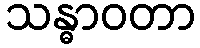
သန္ဓာဝတာ